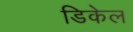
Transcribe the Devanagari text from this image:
डिकेल